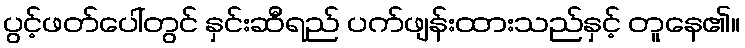
ပွင့်ဖတ်ပေါ်တွင် နှင်းဆီရည် ပက်ဖျန်းထားသည်နှင့် တူနေ၏။